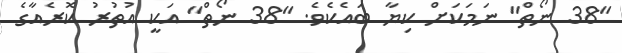
"38 ނޯތް" ނަމަކަށް ކިޔާ ބައެކެވެ. "38 ނޯތް" އަކީ އުތުރު ކޮރެއާގެ